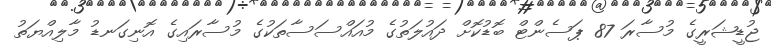
ޖުޑީޝަރީގެ މުސާރަ 87 ޕަސެންޓް ބޮޑުކޮށް ދައުލަތުގެ މުއައްސަސާތަކުގެ މުސާރައިގެ އޮނިގަނޑު މާލިއްޔަތު